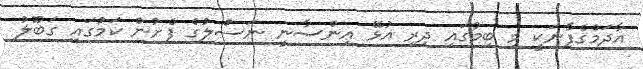
އާދަމްގެފާނަކީ މި ބިމުގައި ދިރި އުޅޭ އިންސާނީ ނަސްލުގެ ފެށުން ކަމުގައި ގަބޫލު